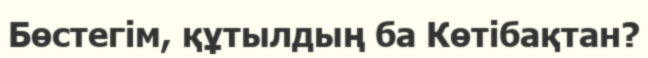
Бөстегім, құтылдың ба Көтібақтан?